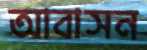
আবাসন